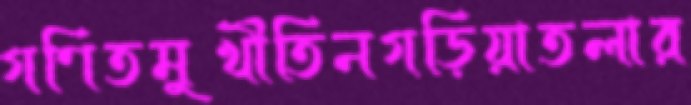
গণিতমুখীতিনগড়িয়াতলার